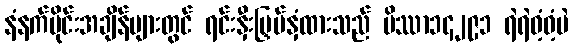
နံနက်ပိုင်းအချိန်များတွင် ရင်းနှီးမြှပ်နှံထားသည် ပိဿာ၁၄၂၉၁ ရဲရဲဝံ့ဝံ့ပဲ